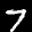
Digit: 7